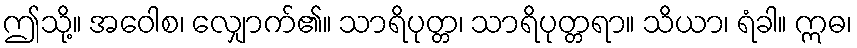
ဤသို့။ အဝေါစ၊ လျှောက်၏။ သာရိပုတ္တ၊ သာရိပုတ္တရာ။ သိယာ၊ ရံခါ။ ဣဓ၊